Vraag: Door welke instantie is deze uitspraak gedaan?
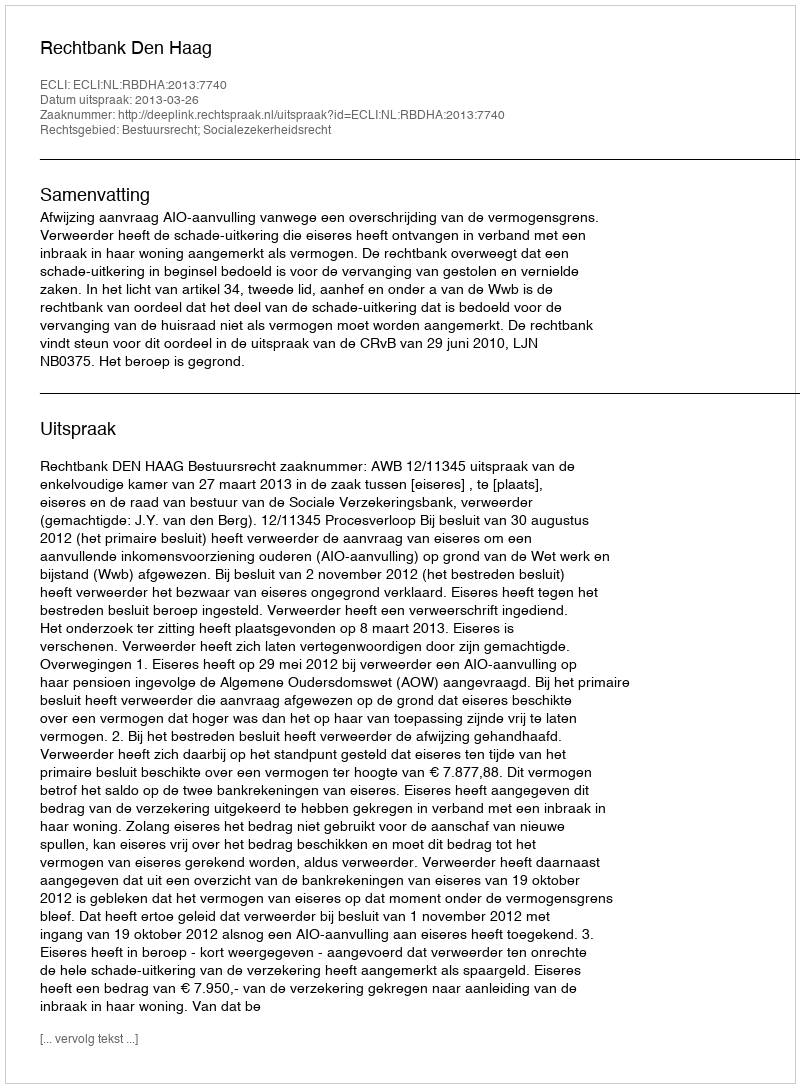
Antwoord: Rechtbank Den Haag